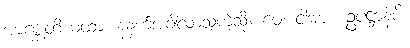
အာဂစ္ဆတိယထာ၊ နံနက်အခါလာသကဲ့သို့။ မေ၊ ငါအား။ ဥပဋ္ဌာနံပိ၊